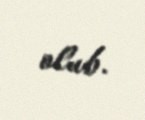
olub.